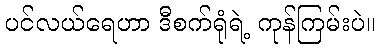
ပင်လယ်ရေဟာ ဒီစက်ရုံရဲ့ ကုန်ကြမ်းပဲ။